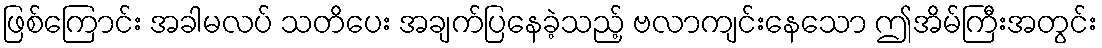
ဖြစ်ကြောင်း အခါမလပ် သတိပေး အချက်ပြနေခဲ့သည့် ဗလာကျင်းနေသော ဤအိမ်ကြီးအတွင်း